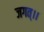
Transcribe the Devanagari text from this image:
जगत्।।